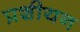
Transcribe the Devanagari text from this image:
प्रशीयन